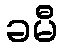
ခမီ